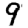
Digit: 9